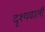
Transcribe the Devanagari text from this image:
दृश्यवाली